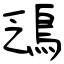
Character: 鴔